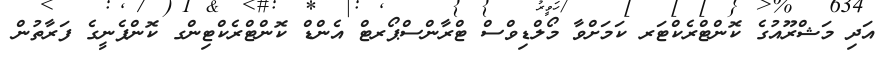
އަދި މަޝްރޫއުގެ ކޮންޓްރެކްޓަރ ކަމަށްވާ މޯލްޑިވްސް ޓްރާންސްޕޯރޓް އެންޑް ކޮންޓްރެކްޓިންގ ކޮންޕެނީގެ ފަރާތުން